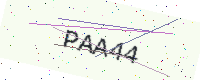
Text: PAA44